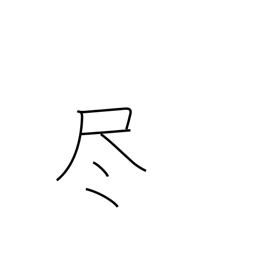
Meaning: deplete